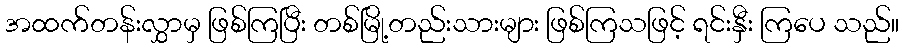
အထက်တန်းလွှာမှ ဖြစ်ကြပြီး တစ်မြို့တည်းသားများ ဖြစ်ကြသဖြင့် ရင်းနှီး ကြပေ သည်။